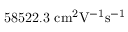
\mathrm { 5 8 5 2 2 . 3 \ c m ^ { 2 } V ^ { - 1 } s ^ { - 1 } }